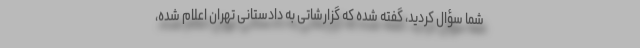
شما سؤال کردید، گفته شده که گزارشاتی به دادستانی تهران اعلام شده،